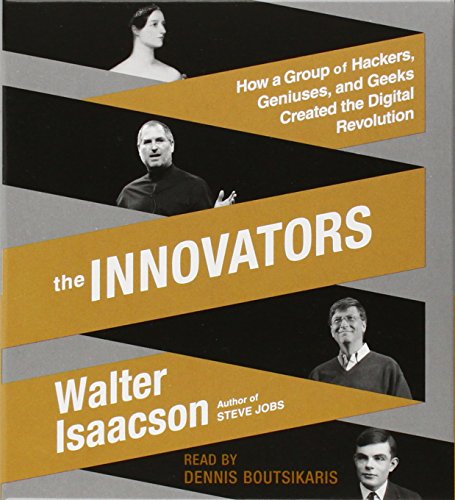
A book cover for The Innovators: How a Group of Hackers, Geniuses, and Geeks Created the Digital Revolution; Walter Isaacson; Computers & Technology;